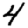
Digit: 4